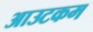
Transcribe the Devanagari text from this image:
आउटकम